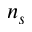
n _ { s }